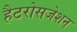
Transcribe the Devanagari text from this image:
हैटरोसजेशन